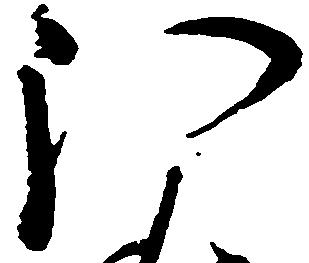
分